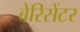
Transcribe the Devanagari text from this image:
बेरिसेंटर